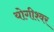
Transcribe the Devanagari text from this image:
योगीश्वर